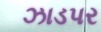
ઝાડપર